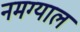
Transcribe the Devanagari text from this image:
नमग्याल